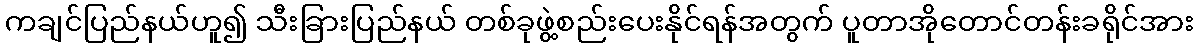
ကချင်ပြည်နယ်ဟူ၍ သီးခြားပြည်နယ် တစ်ခုဖွဲ့စည်းပေးနိုင်ရန်အတွက် ပူတာအိုတောင်တန်းခရိုင်အား